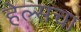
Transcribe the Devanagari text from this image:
हेल्सचा